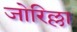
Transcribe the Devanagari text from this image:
जोरिल्ला